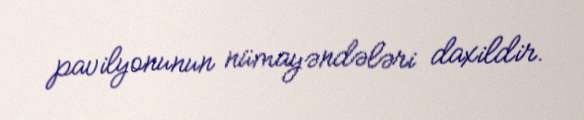
pavilyonunun nümayəndələri daxildir.